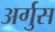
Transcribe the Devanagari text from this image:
अर्गुस